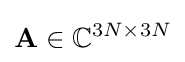
\mathbf {A} \in \mathbb {C} ^{3N\times 3N}